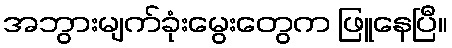
အဘွားမျက်ခုံးမွေးတွေက ဖြူနေပြီ။